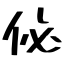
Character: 佖